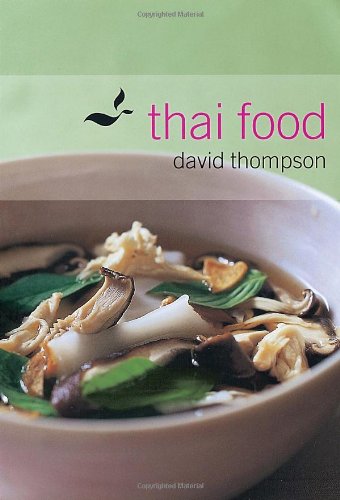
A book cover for Thai Food; David Thompson; Cookbooks, Food & Wine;